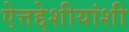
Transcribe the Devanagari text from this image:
ऐत्तद्देशीयांशी